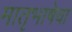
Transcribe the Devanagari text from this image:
मातृभाषेचा